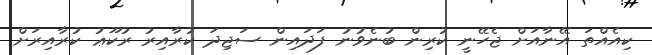
ކިއެއްތަ އޭނާއަށް ޖެހޭނީ ކުރިން ބުނެވުނު ފަދައިން ސަޖިދަ ކުރާއިރު ރުކޫޢު ކުރާއިރަށް